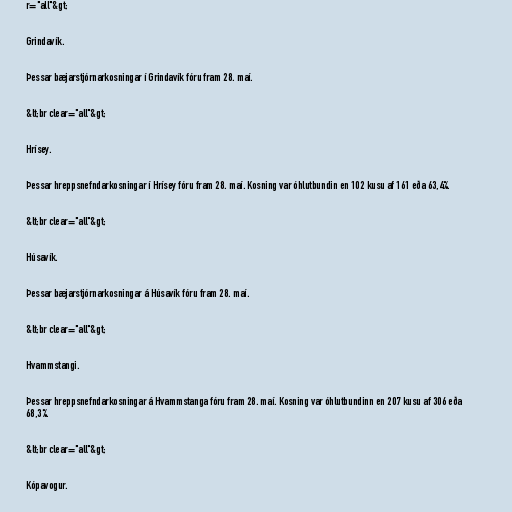
r="all"&gt;

Grindavík.

Þessar bæjarstjórnarkosningar í Grindavík fóru fram 28. maí.

&lt;br clear="all"&gt;

Hrísey.

Þessar hreppsnefndarkosningar í Hrísey fóru fram 28. maí. Kosning var óhlutbundin en 102 kusu af 161 eða 63,4%.

&lt;br clear="all"&gt;

Húsavík.

Þessar bæjarstjórnarkosningar á Húsavík fóru fram 28. maí.

&lt;br clear="all"&gt;

Hvammstangi.

Þessar hreppsnefndarkosningar á Hvammstanga fóru fram 28. maí. Kosning var óhlutbundinn en 207 kusu af 306 eða
68,3%.

&lt;br clear="all"&gt;

Kópavogur.